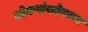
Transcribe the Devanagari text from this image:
लोकसंख्येवरून